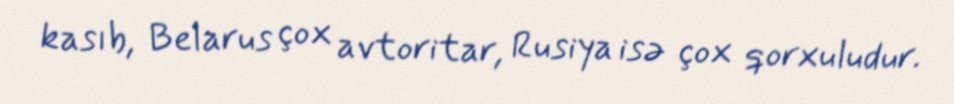
kasıb, Belarus çox avtoritar, Rusiya isə çox qorxuludur.